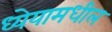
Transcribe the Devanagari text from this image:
ध्येयामधील